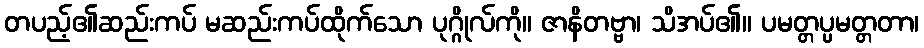
တပည့်၏ဆည်းကပ် မဆည်းကပ်ထိုက်သော ပုဂ္ဂိုလ်ကို။ ဇာနိတဗ္ဗာ၊ သိအပ်၏။ ပမတ္တပ္ပမတ္တတာ၊